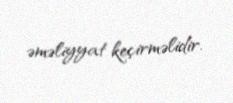
əməliyyat keçirməlidir.